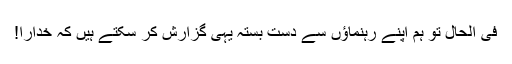
فی الحال تو ہم اپنے رَہنماؤں سے دست بستہ یہی گزارش کر سکتے ہیں کہ خُدارا!